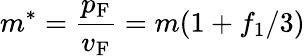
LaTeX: m^{*}={\frac{p_{\mathrm{{F}}}}{v_{\mathrm{{F}}}}}=m(1+f_{1}/3)